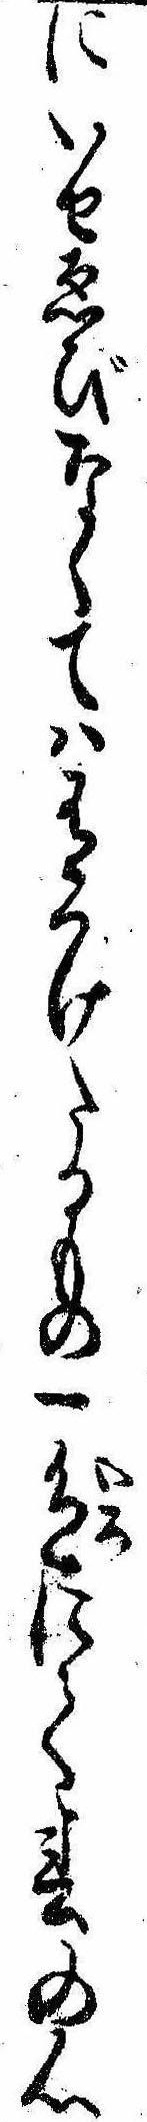
にいせゑびなくては有つけたるもの一色にて春の心